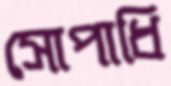
সোপাধি